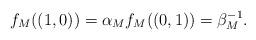
LaTeX: \begin{gather*}f_{M}((1,0)) =\alpha _{M}f_{M}((0,1)) =\beta _{M}^{-1}.\end{gather*}